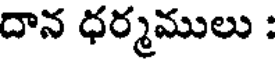
దాన ధర్మములు :